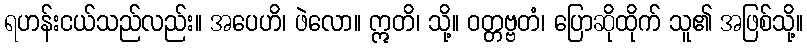
ရဟန်းငယ်သည်လည်း။ အပေဟိ၊ ဖဲလော။ ဣတိ၊ သို့။ ဝတ္တဗ္ဗတံ၊ ပြောဆိုထိုက် သူ၏ အဖြစ်သို့။